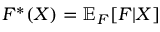
F ^ { * } ( X ) = \mathbb { E } _ { F } [ F | X ]